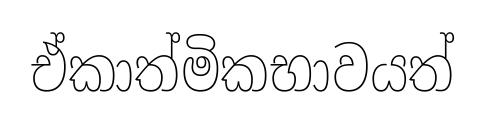
ඒකාත්මිකභාවයත්